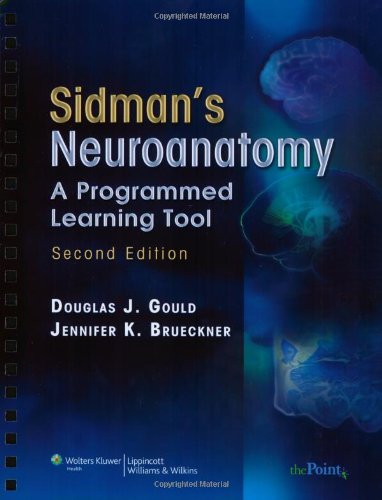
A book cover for Sidman's Neuroanatomy: A Programmed Learning Tool (Point (Lippincott Williams & Wilkins)); Douglas J. Gould PhD; Medical Books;